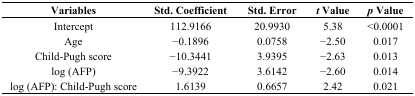
<table><thead><tr><td><b>Variables</b></td><td><b>Std. Coefficient</b></td><td><b>Std. Error</b></td><td><b><i>t</i> Value</b></td><td><b><i>p</i> Value</b></td></tr></thead><tbody><tr><td>Intercept</td><td>112.9166</td><td>20.9930</td><td>5.38</td><td>&lt;0.0001</td></tr><tr><td>Age</td><td>−0.1896</td><td>0.0758</td><td>−2.50</td><td>0.017</td></tr><tr><td>Child-Pugh score</td><td>−10.3441</td><td>3.9395</td><td>−2.63</td><td>0.013</td></tr><tr><td>log (AFP)</td><td>−9.3922</td><td>3.6142</td><td>−2.60</td><td>0.014</td></tr><tr><td>log (AFP): Child-Pugh score</td><td>1.6139</td><td>0.6657</td><td>2.42</td><td>0.021</td></tr></tbody></table>